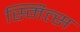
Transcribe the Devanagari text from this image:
स्मित्स